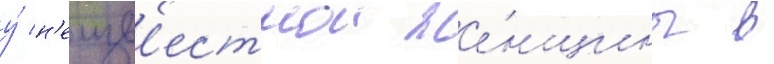
у́ н'еизв'естнои же́нщины в